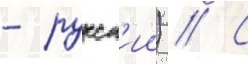
- русск'ии) // С